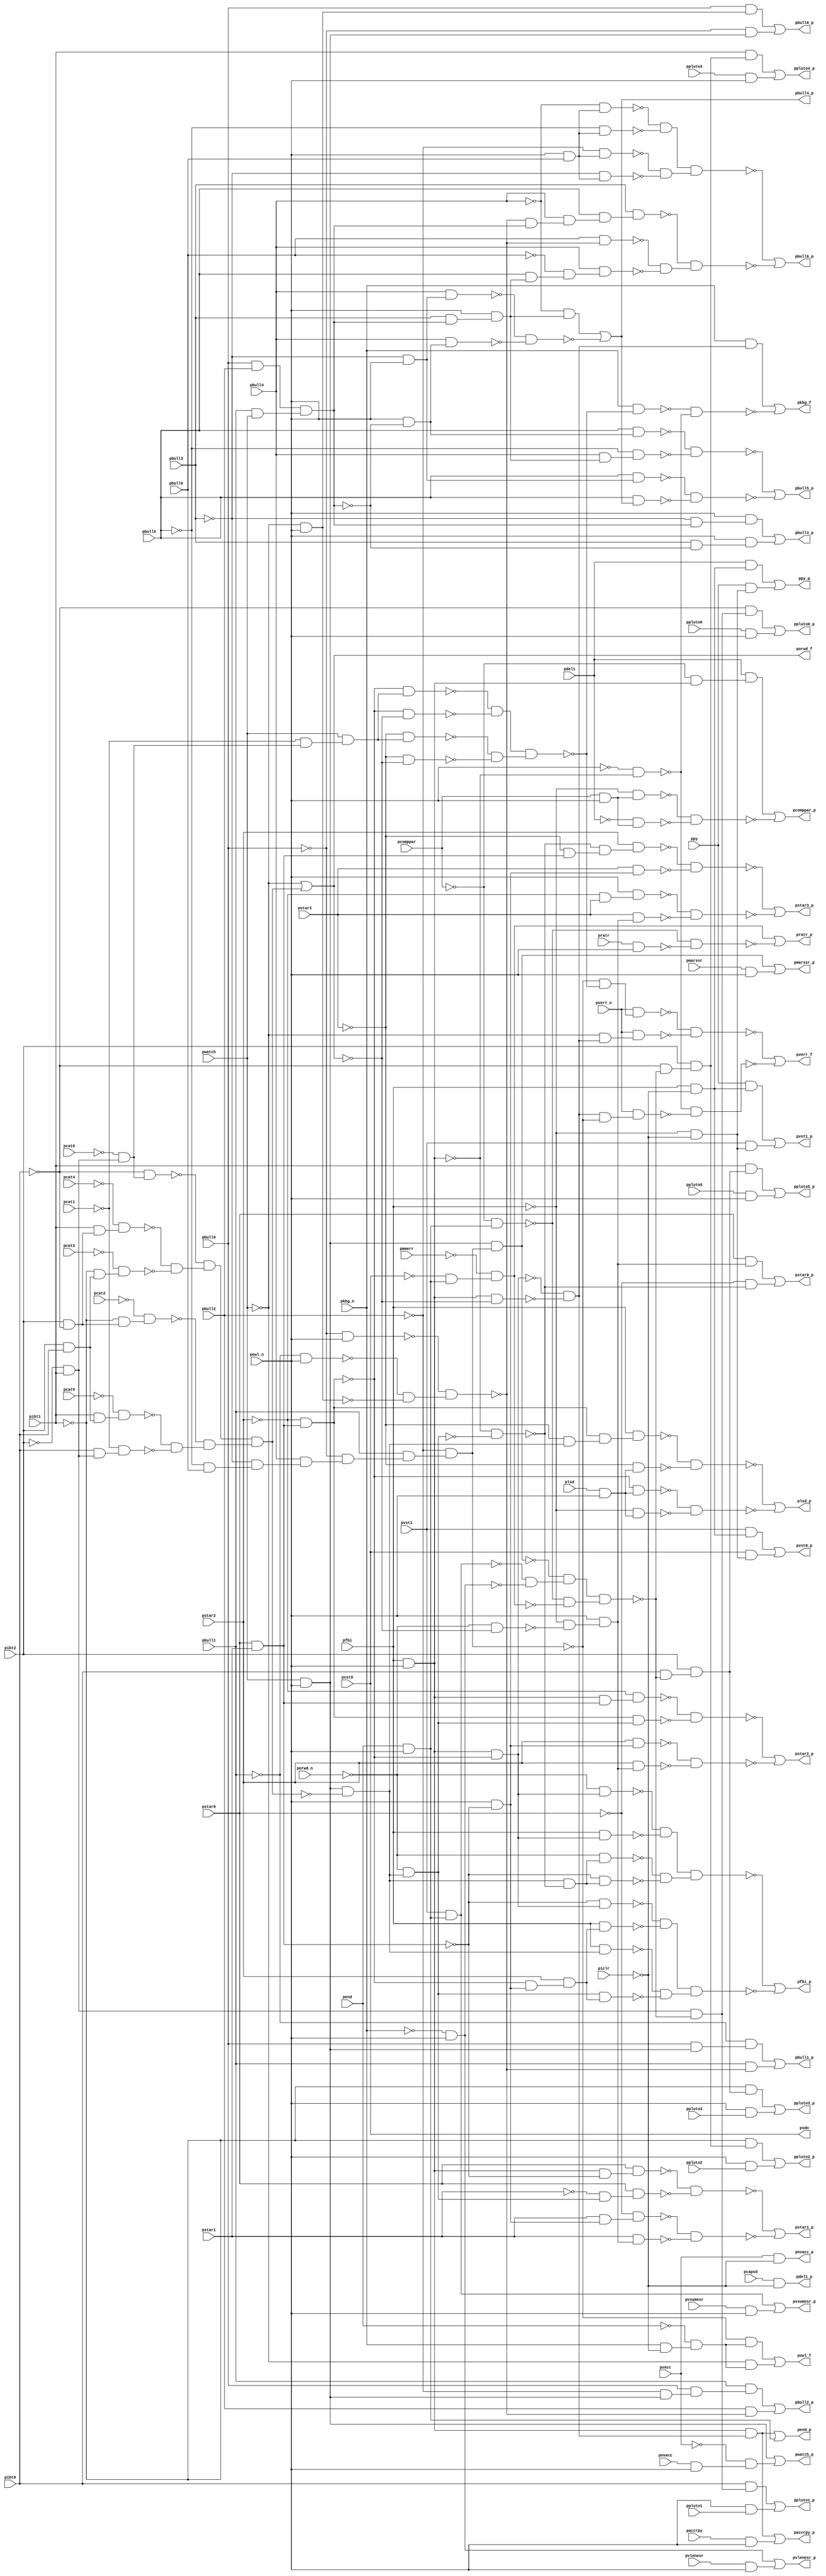
module top ( 
    pdel1, pratr, pbull1, pbull0, pwatch, povacc, pverr_n, porwd_n,
    pvlenesr, pmmerr, paccrpy, pvacc, pcat4, pvst1, pcapsd, pcat3, pcat2,
    pcat1, plsd, pvst0, pcat0, pibt2, pkbg_n, pmarssr, pend, pvsumesr,
    pbull5, ppluto4, pstar2, pbull4, ppluto5, ppy, pstar3, pbull3,
    pcomppar, pibt1, pstar0, pbull2, pibt0, pstar1, ppluto0, pfbi, powl_n,
    ppluto1, piclr, ppluto2, pbull6, pcat5, ppluto3,
    pbull2_p, pend_p, pbull3_p, porwd_f, pbull4_p, ppluto3_p, pwatch_p,
    pbull5_p, pbull6_p, ppluto5_p, ppy_p, ppluto4_p, plsd_p, pvlenesr_p,
    pfbi_p, pstar1_p, pvsumesr_p, paccrpy_p, pkbg_f, pmarssr_p, pstar0_p,
    pstar3_p, pdel1_p, pstar2_p, pvst0_p, pcomppar_p, powl_f, psdo,
    pvst1_p, ppluto1_p, pratr_p, ppluto0_p, povacc_p, ppluto2_p, pbull0_p,
    pverr_f, pbull1_p  );
  input  pdel1, pratr, pbull1, pbull0, pwatch, povacc, pverr_n, porwd_n,
    pvlenesr, pmmerr, paccrpy, pvacc, pcat4, pvst1, pcapsd, pcat3, pcat2,
    pcat1, plsd, pvst0, pcat0, pibt2, pkbg_n, pmarssr, pend, pvsumesr,
    pbull5, ppluto4, pstar2, pbull4, ppluto5, ppy, pstar3, pbull3,
    pcomppar, pibt1, pstar0, pbull2, pibt0, pstar1, ppluto0, pfbi, powl_n,
    ppluto1, piclr, ppluto2, pbull6, pcat5, ppluto3;
  output pbull2_p, pend_p, pbull3_p, porwd_f, pbull4_p, ppluto3_p, pwatch_p,
    pbull5_p, pbull6_p, ppluto5_p, ppy_p, ppluto4_p, plsd_p, pvlenesr_p,
    pfbi_p, pstar1_p, pvsumesr_p, paccrpy_p, pkbg_f, pmarssr_p, pstar0_p,
    pstar3_p, pdel1_p, pstar2_p, pvst0_p, pcomppar_p, powl_f, psdo,
    pvst1_p, ppluto1_p, pratr_p, ppluto0_p, povacc_p, ppluto2_p, pbull0_p,
    pverr_f, pbull1_p;
  wire new_n87_, new_n88_, new_n89_, new_n90_, new_n91_, new_n92_, new_n93_,
    new_n94_, new_n95_, new_n96_, new_n98_, new_n99_, new_n100_, new_n101_,
    new_n102_, new_n103_, new_n104_, new_n105_, new_n106_, new_n107_,
    new_n108_, new_n109_, new_n110_, new_n111_, new_n112_, new_n113_,
    new_n114_, new_n115_, new_n116_, new_n117_, new_n118_, new_n119_,
    new_n120_, new_n121_, new_n123_, new_n124_, new_n125_, new_n126_,
    new_n128_, new_n129_, new_n130_, new_n131_, new_n132_, new_n133_,
    new_n134_, new_n136_, new_n137_, new_n138_, new_n139_, new_n140_,
    new_n141_, new_n142_, new_n143_, new_n145_, new_n146_, new_n147_,
    new_n148_, new_n149_, new_n150_, new_n151_, new_n152_, new_n153_,
    new_n154_, new_n155_, new_n156_, new_n157_, new_n158_, new_n159_,
    new_n160_, new_n161_, new_n162_, new_n163_, new_n164_, new_n166_,
    new_n167_, new_n169_, new_n170_, new_n171_, new_n172_, new_n173_,
    new_n174_, new_n175_, new_n177_, new_n178_, new_n179_, new_n180_,
    new_n181_, new_n182_, new_n183_, new_n184_, new_n185_, new_n186_,
    new_n187_, new_n188_, new_n189_, new_n190_, new_n191_, new_n192_,
    new_n193_, new_n194_, new_n196_, new_n197_, new_n199_, new_n200_,
    new_n201_, new_n202_, new_n204_, new_n205_, new_n206_, new_n207_,
    new_n209_, new_n210_, new_n211_, new_n212_, new_n213_, new_n214_,
    new_n215_, new_n216_, new_n217_, new_n218_, new_n220_, new_n222_,
    new_n223_, new_n224_, new_n225_, new_n226_, new_n227_, new_n228_,
    new_n229_, new_n230_, new_n231_, new_n232_, new_n233_, new_n234_,
    new_n235_, new_n236_, new_n237_, new_n238_, new_n239_, new_n240_,
    new_n241_, new_n243_, new_n244_, new_n245_, new_n246_, new_n247_,
    new_n248_, new_n249_, new_n250_, new_n251_, new_n252_, new_n253_,
    new_n254_, new_n256_, new_n258_, new_n260_, new_n261_, new_n262_,
    new_n263_, new_n264_, new_n265_, new_n266_, new_n267_, new_n268_,
    new_n269_, new_n270_, new_n271_, new_n272_, new_n274_, new_n276_,
    new_n277_, new_n279_, new_n280_, new_n281_, new_n282_, new_n283_,
    new_n284_, new_n285_, new_n286_, new_n287_, new_n290_, new_n291_,
    new_n292_, new_n293_, new_n294_, new_n295_, new_n296_, new_n298_,
    new_n299_, new_n301_, new_n302_, new_n303_, new_n304_, new_n305_,
    new_n306_, new_n308_, new_n309_, new_n310_, new_n311_, new_n313_,
    new_n314_, new_n316_, new_n317_, new_n318_, new_n320_, new_n321_,
    new_n323_, new_n324_, new_n327_, new_n328_, new_n330_, new_n331_,
    new_n333_, new_n334_, new_n335_, new_n336_, new_n337_, new_n338_,
    new_n339_, new_n340_, new_n342_, new_n343_, new_n344_;
  assign new_n87_ = pwatch & powl_n;
  assign new_n88_ = ~pbull2 & new_n87_;
  assign new_n89_ = pbull0 & new_n88_;
  assign new_n90_ = pbull1 & new_n89_;
  assign new_n91_ = ~pbull1 & powl_n;
  assign new_n92_ = ~pwatch & powl_n;
  assign new_n93_ = ~pbull0 & powl_n;
  assign new_n94_ = ~new_n91_ & ~new_n92_;
  assign new_n95_ = ~new_n93_ & new_n94_;
  assign new_n96_ = pbull2 & ~new_n95_;
  assign pbull2_p = new_n90_ | new_n96_;
  assign new_n98_ = pfbi & powl_n;
  assign new_n99_ = pstar0 & pstar1;
  assign new_n100_ = ~pstar2 & new_n99_;
  assign new_n101_ = new_n98_ & ~new_n100_;
  assign new_n102_ = pibt2 & ~pibt0;
  assign new_n103_ = pibt1 & new_n102_;
  assign new_n104_ = ~pcat4 & new_n103_;
  assign new_n105_ = pibt2 & pibt0;
  assign new_n106_ = ~pibt1 & new_n105_;
  assign new_n107_ = ~pcat3 & new_n106_;
  assign new_n108_ = ~pibt2 & pibt1;
  assign new_n109_ = ~pcat0 & new_n108_;
  assign new_n110_ = ~pibt0 & new_n109_;
  assign new_n111_ = pibt1 & new_n105_;
  assign new_n112_ = ~pcat5 & new_n111_;
  assign new_n113_ = pibt0 & new_n108_;
  assign new_n114_ = ~pcat1 & new_n113_;
  assign new_n115_ = ~pibt1 & new_n102_;
  assign new_n116_ = ~pcat2 & new_n115_;
  assign new_n117_ = ~new_n104_ & ~new_n107_;
  assign new_n118_ = ~new_n110_ & new_n117_;
  assign new_n119_ = ~new_n112_ & ~new_n114_;
  assign new_n120_ = ~new_n116_ & new_n119_;
  assign new_n121_ = new_n118_ & new_n120_;
  assign porwd_f = ~pwatch | new_n121_;
  assign new_n123_ = new_n98_ & ~porwd_f;
  assign new_n124_ = ~new_n101_ & ~new_n123_;
  assign new_n125_ = new_n98_ & new_n124_;
  assign new_n126_ = pend & powl_n;
  assign pend_p = new_n125_ | new_n126_;
  assign new_n128_ = pbull0 & pbull2;
  assign new_n129_ = pbull1 & pwatch;
  assign new_n130_ = new_n128_ & new_n129_;
  assign new_n131_ = ~pbull3 & new_n130_;
  assign new_n132_ = powl_n & new_n131_;
  assign new_n133_ = pbull3 & ~new_n130_;
  assign new_n134_ = powl_n & new_n133_;
  assign pbull3_p = new_n132_ | new_n134_;
  assign new_n136_ = ~pbull3 & powl_n;
  assign new_n137_ = pbull4 & new_n136_;
  assign new_n138_ = powl_n & ~new_n130_;
  assign new_n139_ = pbull4 & new_n138_;
  assign new_n140_ = pbull3 & new_n130_;
  assign new_n141_ = powl_n & new_n140_;
  assign new_n142_ = ~pbull4 & new_n141_;
  assign new_n143_ = ~new_n137_ & ~new_n139_;
  assign pbull4_p = new_n142_ | ~new_n143_;
  assign new_n145_ = pvst1 & new_n126_;
  assign new_n146_ = ~pkbg_n & powl_n;
  assign new_n147_ = ~pbull5 & pbull6;
  assign new_n148_ = ~pbull3 & new_n147_;
  assign new_n149_ = pbull4 & new_n148_;
  assign new_n150_ = ~pbull0 & new_n149_;
  assign new_n151_ = pbull1 & new_n150_;
  assign new_n152_ = ~pbull2 & new_n151_;
  assign new_n153_ = new_n87_ & new_n152_;
  assign new_n154_ = ~pcomppar & new_n126_;
  assign new_n155_ = ~pvst0 & new_n126_;
  assign new_n156_ = ~pmmerr & new_n155_;
  assign new_n157_ = ~new_n145_ & ~new_n146_;
  assign new_n158_ = ~new_n153_ & new_n157_;
  assign new_n159_ = ~new_n154_ & ~new_n156_;
  assign new_n160_ = new_n158_ & new_n159_;
  assign new_n161_ = pibt0 & ~new_n160_;
  assign new_n162_ = pibt2 & new_n161_;
  assign new_n163_ = ~pibt1 & new_n162_;
  assign new_n164_ = powl_n & ppluto3;
  assign ppluto3_p = new_n163_ | new_n164_;
  assign new_n166_ = povacc & powl_n;
  assign new_n167_ = ~pvacc & new_n166_;
  assign pwatch_p = new_n87_ | new_n167_;
  assign new_n169_ = pbull5 & new_n138_;
  assign new_n170_ = pbull4 & new_n141_;
  assign new_n171_ = ~pbull5 & new_n170_;
  assign new_n172_ = pbull5 & new_n136_;
  assign new_n173_ = pbull5 & pbull4_p;
  assign new_n174_ = ~new_n169_ & ~new_n171_;
  assign new_n175_ = ~new_n172_ & ~new_n173_;
  assign pbull5_p = ~new_n174_ | ~new_n175_;
  assign new_n177_ = powl_n & pbull6;
  assign new_n178_ = ~pbull4 & new_n177_;
  assign new_n179_ = ~pbull5 & new_n177_;
  assign new_n180_ = ~pbull2 & new_n177_;
  assign new_n181_ = ~pbull3 & new_n177_;
  assign new_n182_ = pbull6 & ~new_n95_;
  assign new_n183_ = pbull5 & new_n141_;
  assign new_n184_ = ~pbull6 & new_n183_;
  assign new_n185_ = pbull4 & new_n184_;
  assign new_n186_ = ~new_n95_ & new_n130_;
  assign new_n187_ = pbull4 & new_n186_;
  assign new_n188_ = pbull5 & new_n187_;
  assign new_n189_ = pbull3 & new_n188_;
  assign new_n190_ = ~new_n178_ & ~new_n179_;
  assign new_n191_ = ~new_n180_ & ~new_n181_;
  assign new_n192_ = new_n190_ & new_n191_;
  assign new_n193_ = ~new_n182_ & ~new_n185_;
  assign new_n194_ = ~new_n189_ & new_n193_;
  assign pbull6_p = ~new_n192_ | ~new_n194_;
  assign new_n196_ = pibt1 & new_n162_;
  assign new_n197_ = ppluto5 & powl_n;
  assign ppluto5_p = new_n196_ | new_n197_;
  assign new_n199_ = pfbi & ~piclr;
  assign new_n200_ = pdel1 & new_n199_;
  assign new_n201_ = ~pfbi & ~piclr;
  assign new_n202_ = ppy & new_n201_;
  assign ppy_p = new_n200_ | new_n202_;
  assign new_n204_ = ~pibt0 & ~new_n160_;
  assign new_n205_ = pibt2 & new_n204_;
  assign new_n206_ = pibt1 & new_n205_;
  assign new_n207_ = ppluto4 & powl_n;
  assign ppluto4_p = new_n206_ | new_n207_;
  assign new_n209_ = new_n87_ & ~new_n121_;
  assign new_n210_ = ~pstar3 & new_n209_;
  assign new_n211_ = new_n100_ & new_n210_;
  assign new_n212_ = pfbi & new_n211_;
  assign new_n213_ = plsd & powl_n;
  assign new_n214_ = ~pstar3 & new_n213_;
  assign new_n215_ = ~new_n100_ & new_n213_;
  assign new_n216_ = ~pfbi & new_n213_;
  assign new_n217_ = ~new_n212_ & ~new_n214_;
  assign new_n218_ = ~new_n215_ & ~new_n216_;
  assign plsd_p = ~new_n217_ | ~new_n218_;
  assign new_n220_ = pvlenesr & powl_n;
  assign pvlenesr_p = new_n146_ | new_n220_;
  assign new_n222_ = ~porwd_n & new_n101_;
  assign new_n223_ = pfbi & new_n101_;
  assign new_n224_ = ~porwd_n & new_n209_;
  assign new_n225_ = ~new_n98_ & ~new_n224_;
  assign new_n226_ = new_n209_ & ~new_n225_;
  assign new_n227_ = ~porwd_n & new_n226_;
  assign new_n228_ = ~new_n99_ & new_n226_;
  assign new_n229_ = pfbi & new_n209_;
  assign new_n230_ = powl_n & ~new_n99_;
  assign new_n231_ = ~new_n100_ & new_n230_;
  assign new_n232_ = pstar2 & new_n231_;
  assign new_n233_ = new_n224_ & new_n232_;
  assign new_n234_ = ~new_n99_ & new_n101_;
  assign new_n235_ = pfbi & new_n232_;
  assign new_n236_ = ~new_n222_ & ~new_n223_;
  assign new_n237_ = ~new_n227_ & ~new_n228_;
  assign new_n238_ = new_n236_ & new_n237_;
  assign new_n239_ = ~new_n234_ & ~new_n235_;
  assign new_n240_ = ~new_n229_ & ~new_n233_;
  assign new_n241_ = new_n239_ & new_n240_;
  assign pfbi_p = ~new_n238_ | ~new_n241_;
  assign new_n243_ = new_n98_ & ~new_n99_;
  assign new_n244_ = pstar0 & new_n243_;
  assign new_n245_ = ~pstar1 & new_n224_;
  assign new_n246_ = pstar0 & new_n245_;
  assign new_n247_ = pstar1 & new_n230_;
  assign new_n248_ = ~pstar0 & new_n247_;
  assign new_n249_ = ~porwd_n & ~porwd_f;
  assign new_n250_ = ~pfbi & ~new_n249_;
  assign new_n251_ = powl_n & new_n250_;
  assign new_n252_ = pstar1 & new_n251_;
  assign new_n253_ = ~new_n244_ & ~new_n246_;
  assign new_n254_ = ~new_n248_ & ~new_n252_;
  assign pstar1_p = ~new_n253_ | ~new_n254_;
  assign new_n256_ = pvsumesr & powl_n;
  assign pvsumesr_p = new_n145_ | new_n256_;
  assign new_n258_ = paccrpy & powl_n;
  assign paccrpy_p = new_n125_ | new_n258_;
  assign new_n260_ = ~pcat1 & new_n109_;
  assign new_n261_ = pwatch & new_n260_;
  assign new_n262_ = ~new_n100_ & new_n261_;
  assign new_n263_ = ~new_n100_ & ~porwd_f;
  assign new_n264_ = ~pstar3 & new_n261_;
  assign new_n265_ = ~pstar3 & ~porwd_f;
  assign new_n266_ = ~new_n262_ & ~new_n263_;
  assign new_n267_ = ~new_n264_ & ~new_n265_;
  assign new_n268_ = new_n266_ & new_n267_;
  assign new_n269_ = pkbg_n & ~new_n268_;
  assign new_n270_ = ~powl_n & ~new_n98_;
  assign new_n271_ = pkbg_n & new_n124_;
  assign new_n272_ = ~new_n269_ & ~new_n270_;
  assign pkbg_f = new_n271_ | ~new_n272_;
  assign new_n274_ = pmarssr & powl_n;
  assign pmarssr_p = new_n153_ | new_n274_;
  assign new_n276_ = pstar0 & new_n251_;
  assign new_n277_ = ~pstar0 & ~new_n225_;
  assign pstar0_p = new_n276_ | new_n277_;
  assign new_n279_ = ~pstar3 & new_n99_;
  assign new_n280_ = ~new_n225_ & new_n279_;
  assign new_n281_ = pstar2 & new_n280_;
  assign new_n282_ = pstar3 & new_n230_;
  assign new_n283_ = ~pstar2 & pstar3;
  assign new_n284_ = powl_n & new_n283_;
  assign new_n285_ = pstar3 & new_n251_;
  assign new_n286_ = ~new_n281_ & ~new_n282_;
  assign new_n287_ = ~new_n284_ & ~new_n285_;
  assign pstar3_p = ~new_n286_ | ~new_n287_;
  assign pdel1_p = pcapsd & ~piclr;
  assign new_n290_ = new_n98_ & new_n99_;
  assign new_n291_ = ~pstar2 & new_n290_;
  assign new_n292_ = new_n100_ & new_n224_;
  assign new_n293_ = pstar2 & new_n230_;
  assign new_n294_ = pstar2 & new_n251_;
  assign new_n295_ = ~new_n291_ & ~new_n292_;
  assign new_n296_ = ~new_n293_ & ~new_n294_;
  assign pstar2_p = ~new_n295_ | ~new_n296_;
  assign new_n298_ = pvst1 & new_n199_;
  assign new_n299_ = pvst0 & new_n201_;
  assign pvst0_p = new_n298_ | new_n299_;
  assign new_n301_ = pcomppar & powl_n;
  assign new_n302_ = ~pfbi & new_n301_;
  assign new_n303_ = ~pdel1 & new_n301_;
  assign new_n304_ = ~pcomppar & new_n98_;
  assign new_n305_ = pdel1 & new_n304_;
  assign new_n306_ = ~new_n302_ & ~new_n303_;
  assign pcomppar_p = new_n305_ | ~new_n306_;
  assign new_n308_ = pkbg_n & ~piclr;
  assign new_n309_ = ~pend & new_n308_;
  assign new_n310_ = ~new_n152_ & new_n309_;
  assign new_n311_ = ~pwatch & new_n309_;
  assign powl_f = new_n310_ | new_n311_;
  assign new_n313_ = ppy & new_n199_;
  assign new_n314_ = pvst1 & new_n201_;
  assign pvst1_p = new_n313_ | new_n314_;
  assign new_n316_ = new_n108_ & ~new_n160_;
  assign new_n317_ = pibt0 & new_n316_;
  assign new_n318_ = powl_n & ppluto1;
  assign ppluto1_p = new_n317_ | new_n318_;
  assign new_n320_ = pratr & powl_n;
  assign new_n321_ = ~new_n154_ & ~new_n320_;
  assign pratr_p = new_n156_ | ~new_n321_;
  assign new_n323_ = ~pibt0 & new_n316_;
  assign new_n324_ = ppluto0 & powl_n;
  assign ppluto0_p = new_n323_ | new_n324_;
  assign povacc_p = pvacc & ~piclr;
  assign new_n327_ = ~pibt1 & new_n205_;
  assign new_n328_ = powl_n & ppluto2;
  assign ppluto2_p = new_n327_ | new_n328_;
  assign new_n330_ = pbull0 & new_n92_;
  assign new_n331_ = ~pbull0 & new_n87_;
  assign pbull0_p = new_n330_ | new_n331_;
  assign new_n333_ = ~new_n152_ & ~new_n268_;
  assign new_n334_ = pverr_n & new_n333_;
  assign new_n335_ = ~pwatch & new_n124_;
  assign new_n336_ = pverr_n & new_n335_;
  assign new_n337_ = new_n124_ & ~new_n152_;
  assign new_n338_ = pverr_n & new_n337_;
  assign new_n339_ = ~new_n334_ & ~new_n336_;
  assign new_n340_ = ~new_n270_ & ~new_n338_;
  assign pverr_f = ~new_n339_ | ~new_n340_;
  assign new_n342_ = pbull0 & new_n87_;
  assign new_n343_ = ~pbull1 & new_n342_;
  assign new_n344_ = pbull1 & ~new_n95_;
  assign pbull1_p = new_n343_ | new_n344_;
  assign psdo = pvst0;
endmodule